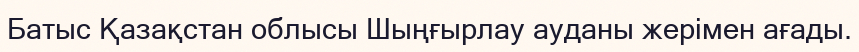
Батыс Қазақстан облысы Шыңғырлау ауданы жерімен ағады.